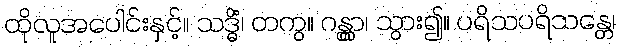
ထိုလူအပေါင်းနှင့်။ သဒ္ဓိံ၊ တကွ။ ဂန္တွာ၊ သွား၍။ ပရိသပရိသန္တေ၊